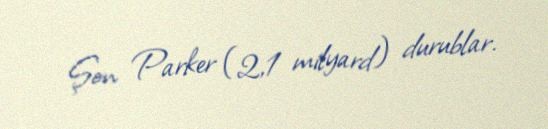
Şon Parker (2,1 milyard) durublar.